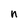
Character: n